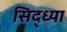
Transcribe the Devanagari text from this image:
सिद्ध्या